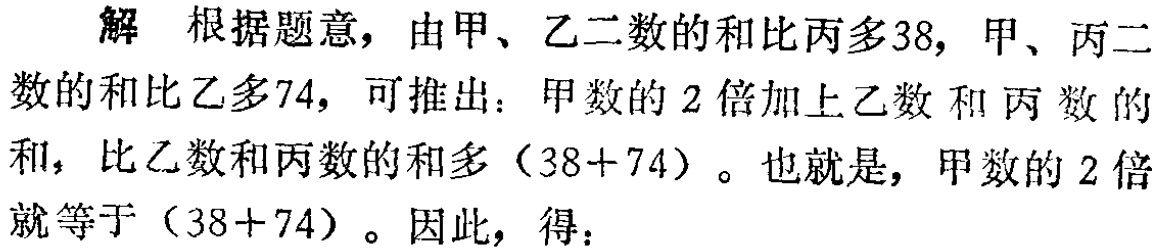
解 根据题意，由甲、乙二数的和比丙多38，甲、丙二数的和比乙多74，可推出：甲数的2倍加上乙数和丙数的和，比乙数和丙数的和多（38 + 74）。也就是，甲数的2倍就等于（38 + 74）。因此，得：